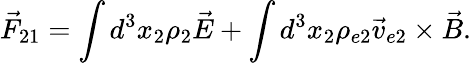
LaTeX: \vec{F}_{21}=\int d^{3}x_{2}\rho_{2}\vec{E}+\int d^{3}x_{2}\rho_{e2}\vec{v}_{e2}\times\vec{B}.